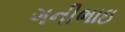
ગનીભાઇ